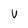
Character: v